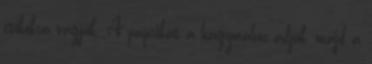
csíkokra vágjuk. A paprikát a hagymához adjuk, majd a